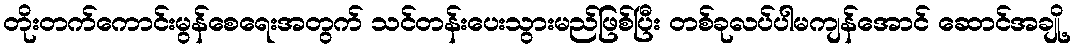
တိုးတက်ကောင်းမွန်စေရေးအတွက် သင်တန်းပေးသွားမည်ဖြစ်ပြီး တစ်ခုလပ်ပါမကျန်အောင် ဆောင်အချို့